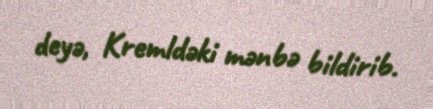
deyə, Kremldəki mənbə bildirib.